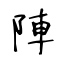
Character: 陣